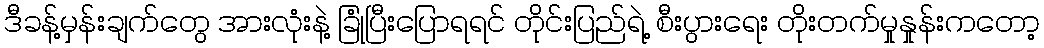
ဒီခန့်မှန်းချက်တွေ အားလုံးနဲ့ ခြုံပြီးပြောရရင် တိုင်းပြည်ရဲ့ စီးပွားရေး တိုးတက်မှုနှုန်းကတော့